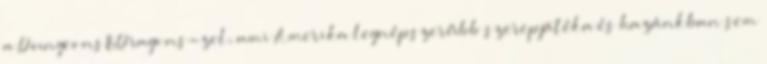
a Dungeons&Dragons-zel, ami Amerika legnépszerűbb szerepjátéka és hazánkban sem